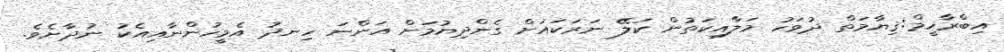
އިބްރާހީމް:ޤިޔާމަތް ދުވަހު މަލާއިކަތުން ކަލޭ ނަރަކައަށް ގެންދިޔުމަށް އަންނަ ހިނދު އެމީހުންނާއިއެކު ނުދާށެވެ.